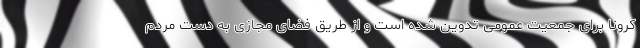
کرونا برای جمعیت عمومی تدوین شده است و از طریق فضای مجازی به دست مردم